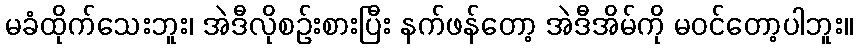
မခံထိုက်သေးဘူး၊ အဲဒီလိုစဉ်းစားပြီး နက်ဖန်တော့ အဲဒီအိမ်ကို မဝင်တော့ပါဘူး။